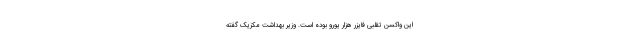
این واکسن تقلبی فایزر هزار یورو بوده است. وزیر بهداشت مکزیک گفته